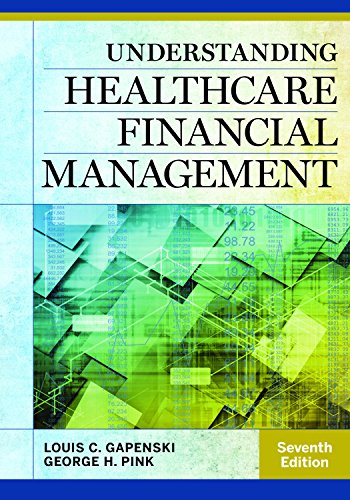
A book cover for Understanding Healthcare Financial Management, Seventh Edition; Louis C. Gapenski; Medical Books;